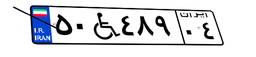
۵۰W۴۸۹۰۴